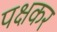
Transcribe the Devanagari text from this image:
पक्षकर